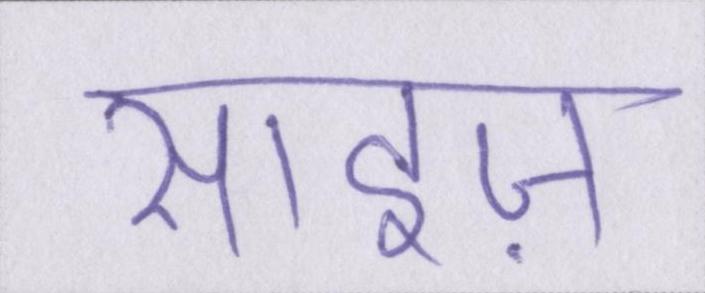
साइज़